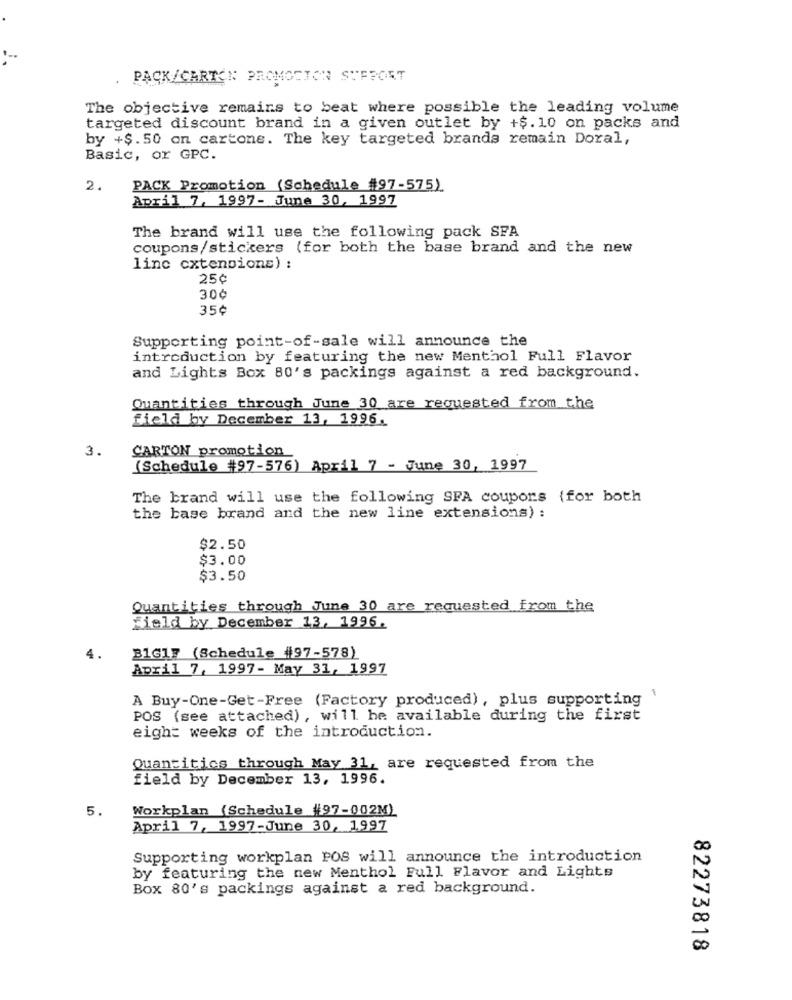
PACK/CARTON PROMOTION SUPPORT
The objective remains to beat where possible the leading volume
targeted discount brand in a given outlet by +$. 10 on packs and
by +$.50 on cartone. The key targeted brands remain Doral,
Basic, or GPC.
2.
PACK Promotion (Schedule #97-575).
April 7, 1997- June 30, 1997
The brand will use the following pack SFA
coupons/stickers (for both the base brand and the new
line cxtensions) ;
25€
30¢
35¢
Supporting point-of-sale will announce the
introduction by featuring the new Menthol Full Flavor
and Lights Box 80's packings against a red background.
Quantities through June 30 are requested from the
field by December 13, 1996.
3.
CARTON promotion
(Schedule #97-576) April 7 - June 30, 1997
The brand will use the following SFA coupons {for both
the base brand and the new line extensions) :
$2.50
$3.00
$3.50
Quantities through June 30 are requested from the
Field by December 13, 1996.
4.
B1617 (Schedule #97-578)
April 7, 1997- May 31, 1997
A Buy-One-Get-Free (Factory produced) , plus supporting
POS (see attached) , will be available during the first
eight weeks of the introduction.
Quantities through May 31, are requested from the
field by December 13, 1996.
5.
Workplan (Schedule #97-002M)
April 7, 1997-June 30, 1997
Supporting workplan POS will announce the introduction
by featuring the new Menthol Full Flavor and Lights
Box 80's packings against a red background.
CO
00
82273818